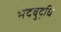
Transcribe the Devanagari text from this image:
भेदबुद्धि